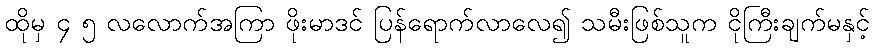
ထိုမှ ၄ ၅ လလောက်အကြာ ဖိုးမာဒင် ပြန်ရောက်လာလေ၍ သမီးဖြစ်သူက ငိုကြီးချက်မနှင့်